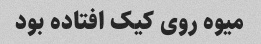
میوه روی کیک افتاده بود